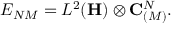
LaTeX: E _ { N M } = L ^ { 2 } ( { \bf H } ) \otimes { \bf C } _ { ( M ) } ^ { N } .